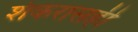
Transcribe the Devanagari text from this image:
शंकरासही